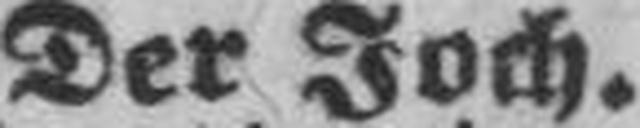
Der Joch.